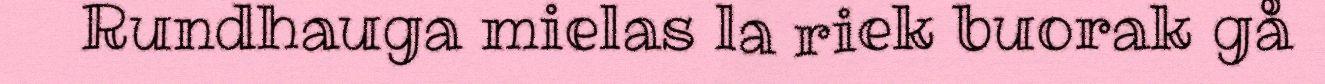
Rundhauga mielas la riek buorak gå